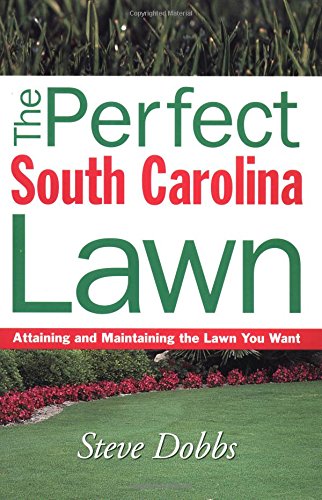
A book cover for Perfect South Carolina Lawn (Creating and Maintaining the Perfect Lawn); Steve Dobbs; Crafts, Hobbies & Home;